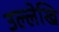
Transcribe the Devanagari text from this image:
उल्लेखि